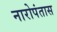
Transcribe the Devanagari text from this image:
नारोपंतास